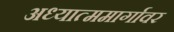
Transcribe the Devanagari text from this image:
अध्यात्ममार्गावर